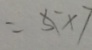
= 5 \times 7